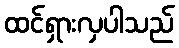
ထင်ရှားလှပါသည်